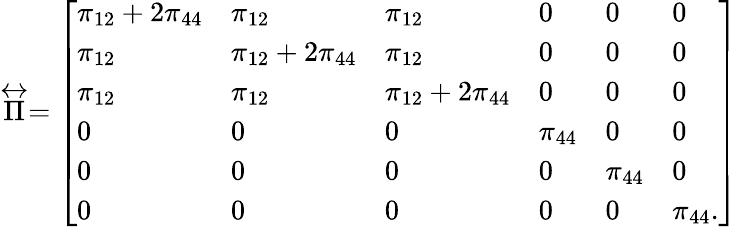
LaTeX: \stackrel{\leftrightarrow}{\Pi}=\left[\begin{array}{llllll}{\pi_{12}+2\pi_{44}}&{\pi_{12}}&{\pi_{12}}&{0}&{0}&{0}\\ {\pi_{12}}&{\pi_{12}+2\pi_{44}}&{\pi_{12}}&{0}&{0}&{0}\\ {\pi_{12}}&{\pi_{12}}&{\pi_{12}+2\pi_{44}}&{0}&{0}&{0}\\ {0}&{0}&{0}&{\pi_{44}}&{0}&{0}\\ {0}&{0}&{0}&{0}&{\pi_{44}}&{0}\\ {0}&{0}&{0}&{0}&{0}&{\pi_{44}.}\end{array}\right]